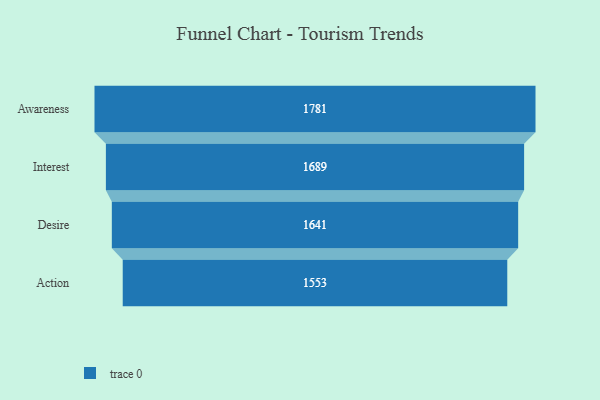
{"axis": {"x": "Stage", "y": "Value"}, "legend": [""], "data": [{"x": "Awareness", "y": 1781.0, "type": ""}, {"x": "Interest", "y": 1689.0, "type": ""}, {"x": "Desire", "y": 1641.0, "type": ""}, {"x": "Action", "y": 1553.0, "type": ""}]}